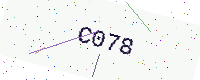
Text: C078